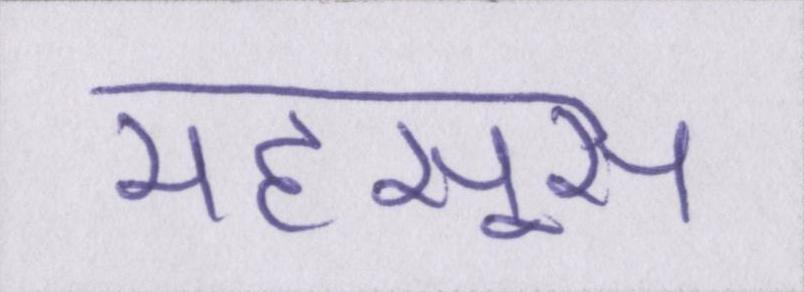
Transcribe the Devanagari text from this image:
महसूस